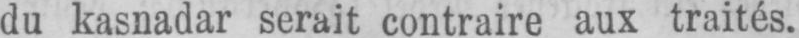
du kasnadar serait contraire aux traités.